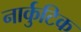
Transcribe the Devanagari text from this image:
नार्कुटिक